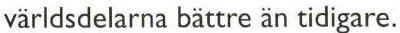
 världsdelarna bättre än tidigare.